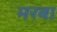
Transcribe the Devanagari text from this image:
मरबा